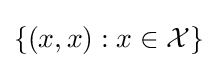
\{(x,x):x\in {\mathcal {X}}\}